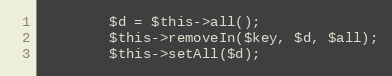
Language: PHP
        $d = $this->all();
        $this->removeIn($key, $d, $all);
        $this->setAll($d);